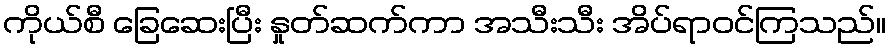
ကိုယ်စီ ခြေဆေးပြီး နှုတ်ဆက်ကာ အသီးသီး အိပ်ရာဝင်ကြသည်။